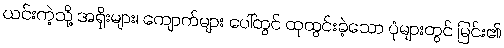
ယင်းကဲ့သို့ အရိုးများ၊ ကျောက်များ ပေါ်တွင် ထုထွင်းခဲ့သော ပုံများတွင် မြင်း၏